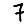
Digit: 7